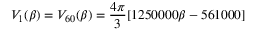
V _ { 1 } ( \beta ) = V _ { 6 0 } ( \beta ) = \frac { 4 \pi } { 3 } [ 1 2 5 0 0 0 0 \beta - 5 6 1 0 0 0 ]